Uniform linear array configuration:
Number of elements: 48
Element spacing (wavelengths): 1
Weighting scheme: uniform
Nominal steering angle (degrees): -45
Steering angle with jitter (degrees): -46.53
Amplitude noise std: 0.05
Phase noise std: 0.05

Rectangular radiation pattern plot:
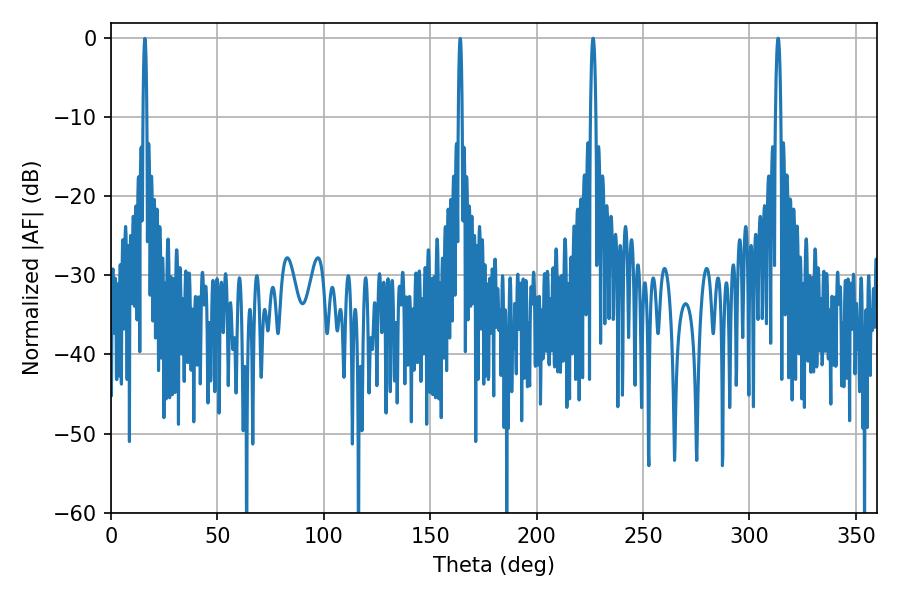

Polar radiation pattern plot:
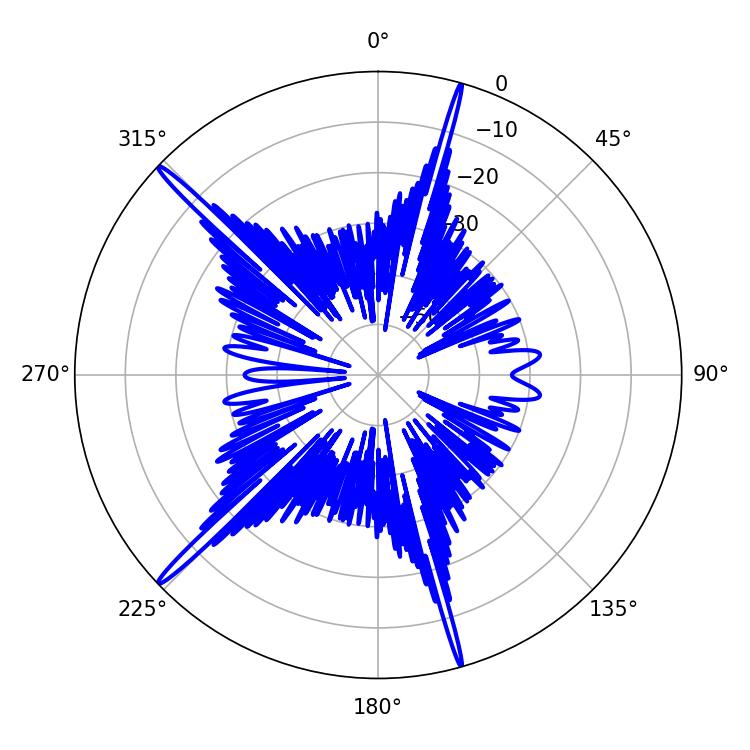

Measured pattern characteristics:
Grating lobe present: TRUE
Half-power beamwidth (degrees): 1.26
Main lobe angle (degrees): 226.44